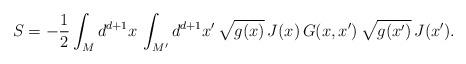
LaTeX: \begin{align*}S = -\frac{1}{2} \int_M d^{d+1}x \, \int_{M^\prime} d^{d+1}x^\prime\, \sqrt{g(x)} \, J(x) \, G(x,x^\prime) \, \sqrt{g(x^\prime)} \,J(x^\prime). \end{align*}